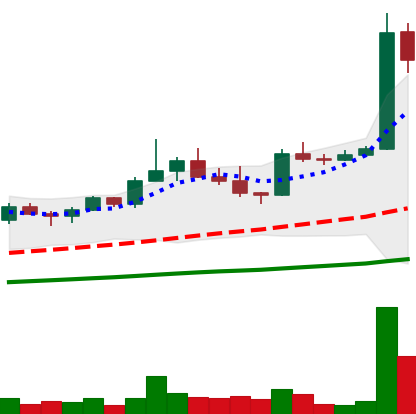
Ticker: TRX-USD
Chart end date: 2021-04-01
Forward return: 44.419%
Label: up_7plus